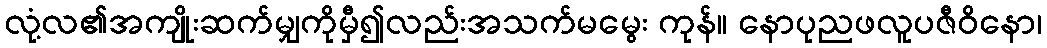
လုံ့လ၏အကျိုးဆက်မျှကိုမှီ၍လည်းအသက်မမွေး ကုန်။ နောပုညဖလူပဇီဝိနော၊